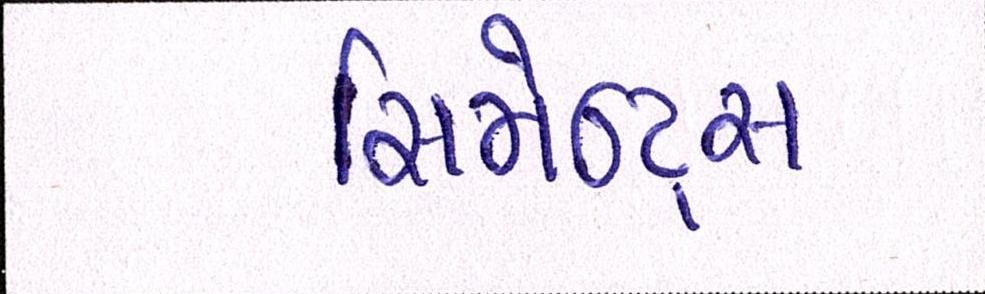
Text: સિમેન્ટ્સ